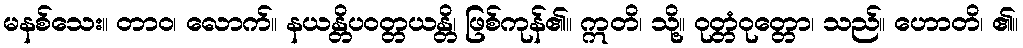
မနစ်သေး။ တာဝ၊ လောက်။ နယန္တိပဝတ္တယန္တိ၊ ဖြစ်ကုန်၏။ ဣတိ၊ သို့။ ဝုတ္တံဝုတ္တော၊ သည်။ ဟောတိ၊ ၏။